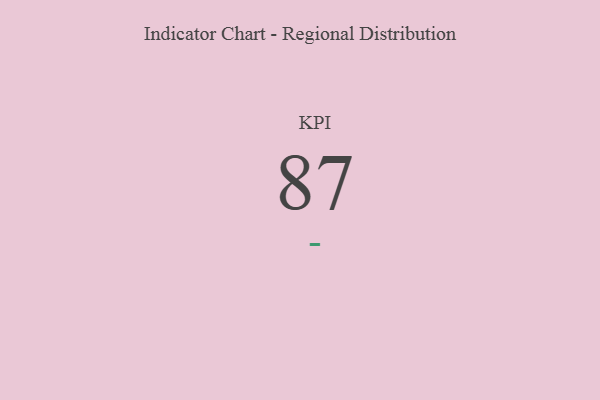
{"axis": {"x": "KPI", "y": "Value"}, "legend": [""], "data": [{"x": "KPI", "y": 87, "type": ""}]}